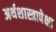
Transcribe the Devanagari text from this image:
अर्थशास्त्रापेक्षा